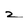
Character: 2